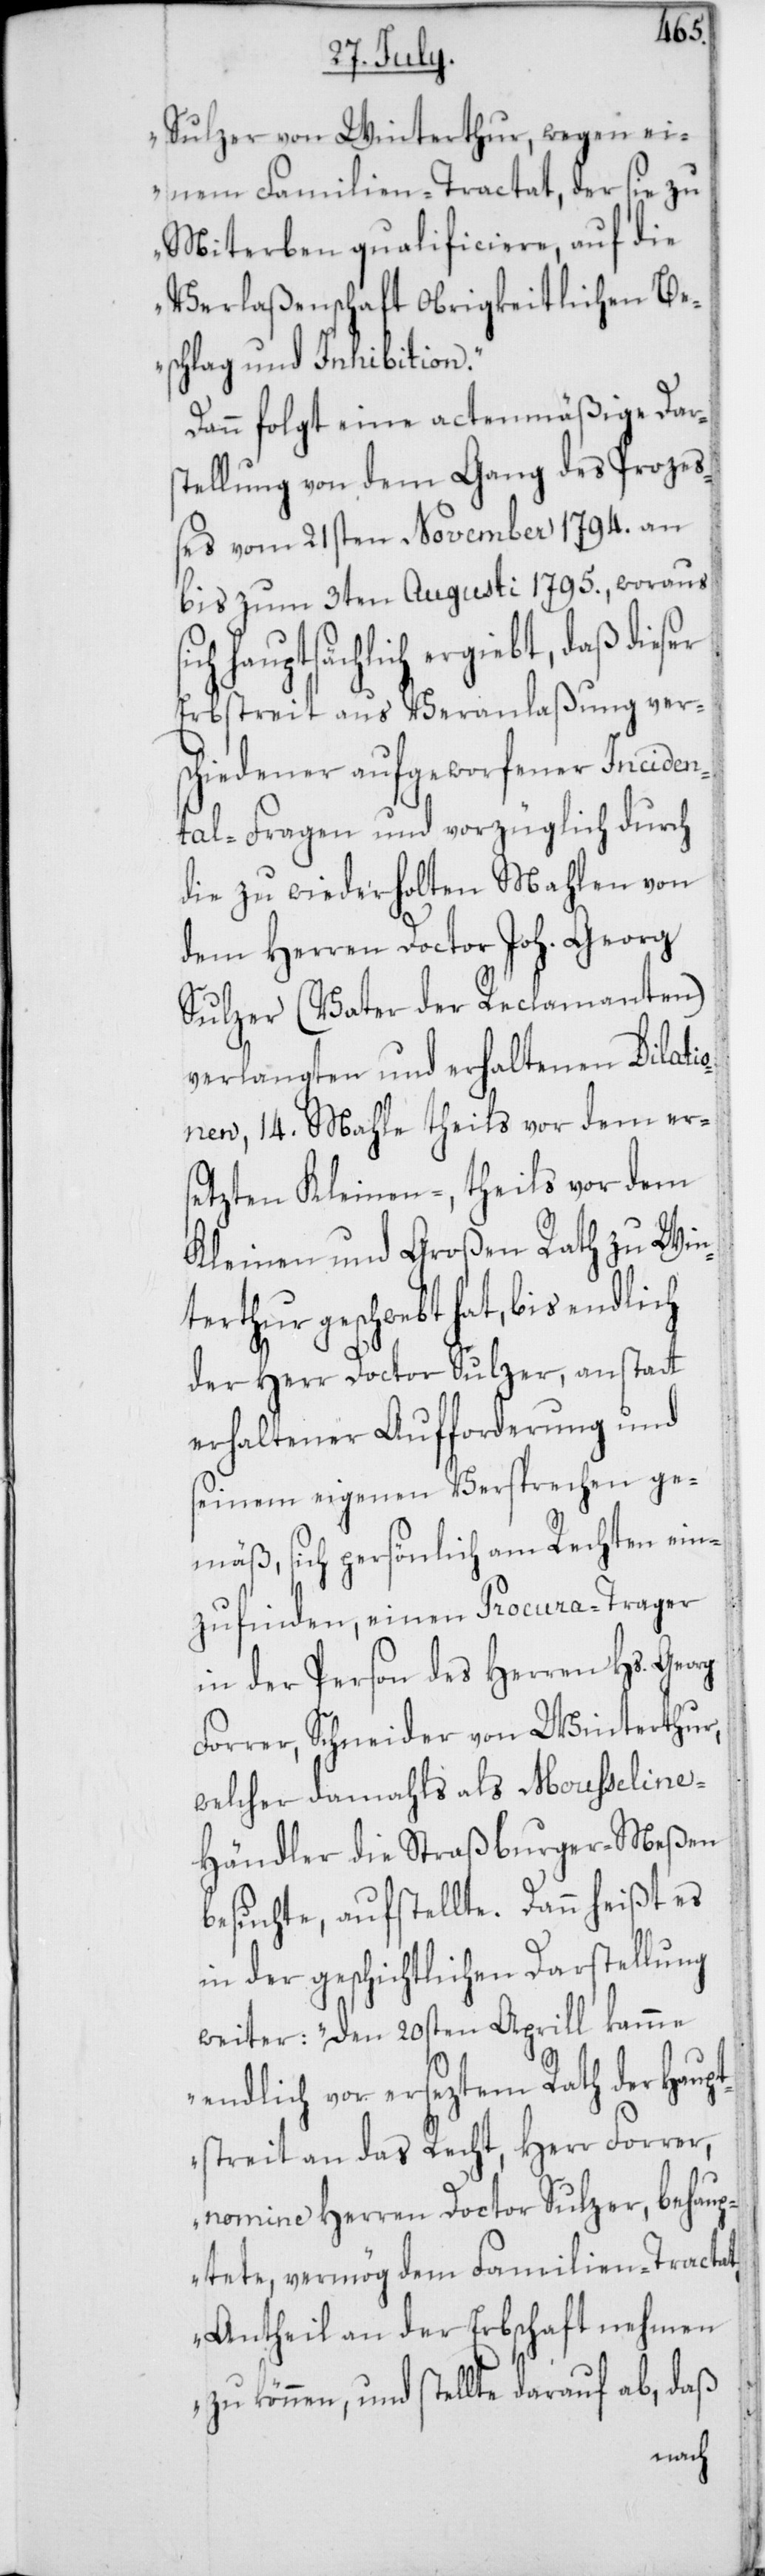
ser
Sulzer von Winterthur, wegen ei¬
nes Familien-Tractat, der sie zu
Miterben qualificiere, auf die
Verlaßenschaft Obrigkeitlichen Be¬
schlag und Inhibition.“
Dann folgt eine actenmäßige Dars¬
tellung von dem Gang des Prozeß¬
es vom 21sten November 1794. an
bis zum 3ten Augusti 1795., woraus
hauptsächlich ergiebt, daß die¬
Erbstreit aus Veranlaßung ver¬
schiedener aufgeworfener Inciden¬
tal-Fragen und vorzüglich durch
die zu wiederholten Mahlen von
dem Herren Doctor Joh. Georg
Sulzer (Vater der Reclamanten)
verlangten und erhaltenen Dilati¬
onen, 14. Mahle theils vor dem er¬
sezten Kleinen-, theils vor dem
Kleinen und Großen Rath zu Win¬
terthur geschwebt hat, bis endlich
der Herr Doctor Sulzer, anstatt
erhaltener Aufforderung und
seinem eigenen Versprechen ge¬
mäß, sich persönlich am Rechten ein¬
zufinden, einen Procura-Trager
in der Person des Herren Hs. Georg
Forrer, Schneider von Winterthur,
welcher damahls als Moußelin¬
e-Händler die Straßburger-Meßen
besuchte, aufstellte. Dann heißt es
in der geschichtlichen Darstellung
weiter: „den 20sten Aprill kamme
endlich vor erseztem Rath der Haupt¬
streit an das Recht, Herr Forrer,
nomine Herren Doctor Sulzer, behaup¬
tete, vermög dem Familien-Tractat
Antheil an der Erbschaft nehmen
zu können, und stellte darauf ab, daß